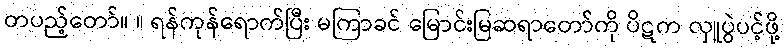
တပည့်တော်။ ။ ရန်ကုန်ရောက်ပြီး မကြာခင် မြောင်းမြဆရာတော်ကို ပိဋက လှူပွဲပင့်ဖို့